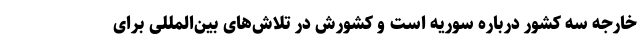
خارجه سه کشور درباره سوریه است و کشورش در تلاش‌های بین‌المللی برای